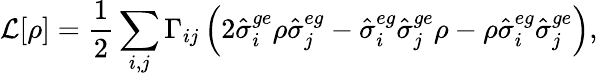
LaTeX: \mathcal{L}[\rho]=\frac{1}{2}\sum_{i,j}\Gamma_{ij}\left(2\hat{\sigma}_{i}^{ge}\rho\hat{\sigma}_{j}^{eg}-\hat{\sigma}_{i}^{eg}\hat{\sigma}_{j}^{ge}\rho-\rho\hat{\sigma}_{i}^{eg}\hat{\sigma}_{j}^{ge}\right),